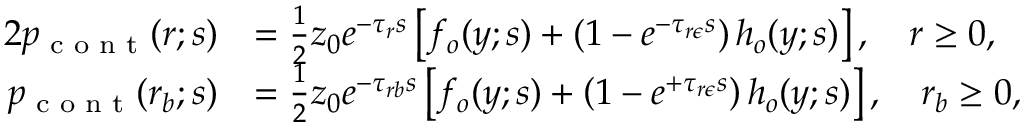
\begin{array} { r l r l } { { 2 } p _ { \textrm { c o n t } } ( r ; s ) } & { = \frac { 1 } { 2 } z _ { 0 } e ^ { - \tau _ { r } s } \left[ f _ { o } ( y ; s ) + \left( 1 - e ^ { - \tau _ { r \epsilon } s } \right) h _ { o } ( y ; s ) \right] , \quad r \geq 0 , } & & { } \\ { p _ { \textrm { c o n t } } ( r _ { b } ; s ) } & { = \frac { 1 } { 2 } z _ { 0 } e ^ { - \tau _ { r b } s } \left[ f _ { o } ( y ; s ) + \left( 1 - e ^ { + \tau _ { r \epsilon } s } \right) h _ { o } ( y ; s ) \right] , \quad r _ { b } \geq 0 , } & & { } \end{array}